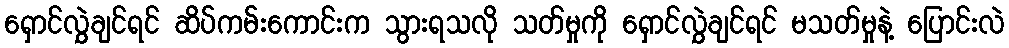
ရှောင်လွှဲချင်ရင် ဆိပ်ကမ်းကောင်းက သွားရသလို သတ်မှုကို ရှောင်လွှဲချင်ရင် မသတ်မှုနဲ့ ပြောင်းလဲ